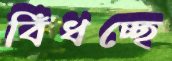
বিঁধচ্ছে